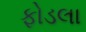
ફોડલા